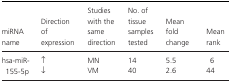
<table><thead><tr><td><b>miRNA name</b></td><td><b>Direction of expression</b></td><td><b>Studies with the same direction</b></td><td><b>No. of tissue samples tested</b></td><td><b>Mean fold change</b></td><td><b>Mean rank</b></td></tr></thead><tbody><tr><td rowspan="2">hsa‐miR‐155‐5p</td><td>↑</td><td>MN</td><td>14</td><td>5.5</td><td>6</td></tr><tr><td>↓</td><td>VM</td><td>40</td><td>2.6</td><td>44</td></tr></tbody></table>